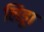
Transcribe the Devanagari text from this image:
लिड्डा